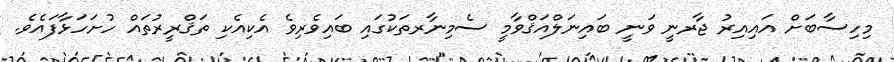
މިހިސާބަށް އައިއިރު ޖާރނީ ވަނީ ބައިނަލްއަޤްވާމީ ސެމިނާރތަކުގައި ބައިވެރިވެ އެކިއެކި ތަޤްރީރުތައް ހުށަހަޅާފައެވެ.